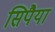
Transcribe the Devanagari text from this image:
सिपैया